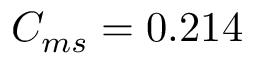
C _ { m s } = 0 . 2 1 4